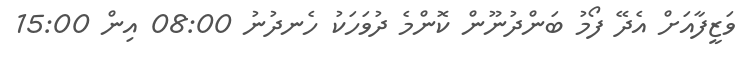
ވަޒީފާއަށް އެދޭ ފޯމު ބަންދުނޫން ކޮންމެ ދުވަހަކު ހެނދުނު 08:00 އިން 15:00